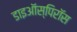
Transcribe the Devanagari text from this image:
डाइऑस्पिरॉस